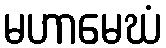
မဟာမေဃံ